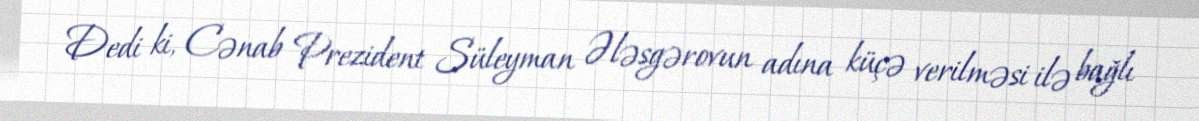
Dedi ki, Cənab Prezident Süleyman Ələsgərovun adına küçə verilməsi ilə bağlı